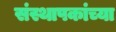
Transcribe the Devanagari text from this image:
संस्थापकांच्या